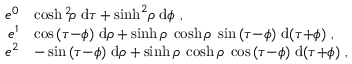
\begin{array} { r l } { e ^ { 0 } } & { \= \cosh ^ { 2 } \! { \rho } \; \mathrm { d } \tau + \sinh ^ { 2 } \! { \rho } \; \mathrm { d } \phi \ , } \\ { e ^ { 1 } } & { \= \cos { ( \tau { - } \phi ) } \; \mathrm { d } \rho + \sinh { \rho } \; \cosh { \rho } \; \sin { ( \tau { - } \phi ) } \; \mathrm { d } { ( \tau { + } \phi ) } \ , } \\ { e ^ { 2 } } & { \= - \sin { ( \tau { - } \phi ) } \; \mathrm { d } \rho + \sinh { \rho } \; \cosh { \rho } \; \cos { ( \tau { - } \phi ) } \; \mathrm { d } { ( \tau { + } \phi ) } \ , } \end{array}